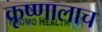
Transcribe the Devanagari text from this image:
कृष्णालाच